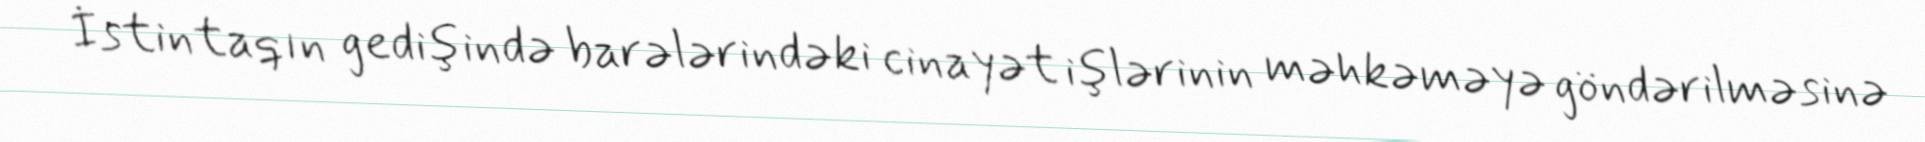
İstintaqın gedişində barələrindəki cinayət işlərinin məhkəməyə göndərilməsinə